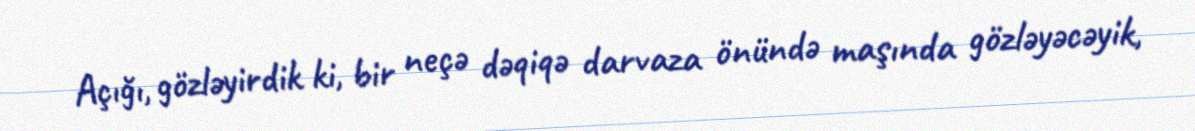
Açığı, gözləyirdik ki, bir neçə dəqiqə darvaza önündə maşında gözləyəcəyik,